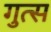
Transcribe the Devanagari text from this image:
गुत्स